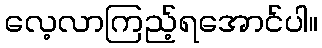
လေ့လာကြည့်ရအောင်ပါ။